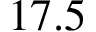
1 7 . 5